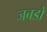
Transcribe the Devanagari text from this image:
जबडों